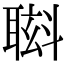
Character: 𮋸